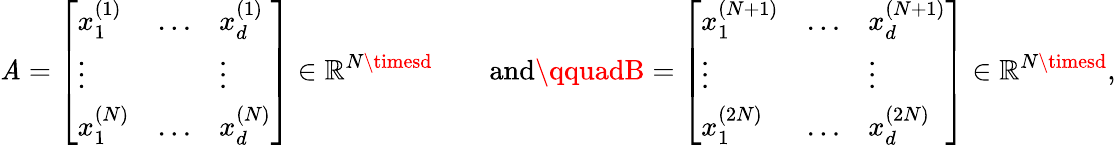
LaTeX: \mathit{A}=\left[\begin{array}{lll}{x_{1}^{(1)}}&{\ldots}&{x_{d}^{(1)}}\\ {\vdots}&&{\vdots}\\ {x_{1}^{(N)}}&{\ldots}&{x_{d}^{(N)}}\end{array}\right]\in\mathbb{{R}}^{N\timesd}\qquad\mathrm{{and}}\qquadB=\left[\begin{array}{lll}{x_{1}^{(N+1)}}&{\ldots}&{x_{d}^{(N+1)}}\\ {\vdots}&&{\vdots}\\ {x_{1}^{(2N)}}&{\ldots}&{x_{d}^{(2N)}}\end{array}\right]\in\mathbb{{R}}^{N\timesd},